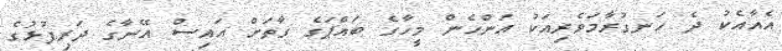
އެއާއެކު ދެ ހަނގުރާމަވެރިއަކު އަންހެން މީހާގެ ބައްޕަގެ ގާތަށް އައިސް އޭނާގެ ދަރިފުޅުގެ